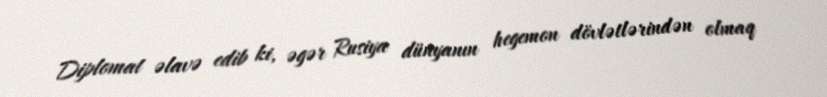
Diplomat əlavə edib ki, əgər Rusiya dünyanın hegemon dövlətlərindən olmaq